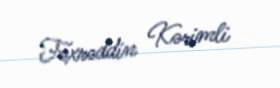
Fəxrəddin Kərimli